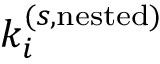
k _ { i } ^ { ( s , \mathrm { n e s t e d } ) }